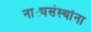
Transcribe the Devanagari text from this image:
नाट्यसंस्थांना